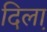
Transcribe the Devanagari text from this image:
दिला़